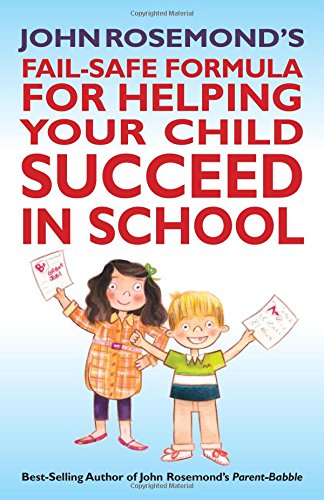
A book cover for John Rosemond's Fail-Safe Formula for Helping Your Child Succeed in School; John Rosemond; Parenting & Relationships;